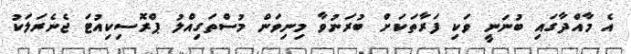
އެ މާއްދާގައި ބުނަނީ ވަކި ފަރާތަކަށް ބުރަނުވާ މިނިވަން މުސްތަގިއްލު ޕްރޮސިކިއުޓަ ޖެނެރަލަކު